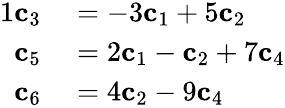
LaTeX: \begin{array}{rl}{{1}\mathbf{c}_{3}}&{{}=-3\mathbf{c}_{1}+5\mathbf{c}_{2}}\\ {\mathbf{c}_{5}}&{{}=2\mathbf{c}_{1}-\mathbf{c}_{2}+7\mathbf{c}_{4}}\\ {\mathbf{c}_{6}}&{{}=4\mathbf{c}_{2}-9\mathbf{c}_{4}}\end{array}